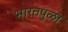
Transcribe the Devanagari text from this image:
भारतपुळा